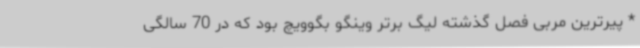
* پیرترین مربی فصل گذشته لیگ برتر وینگو بگوویچ بود که در 70 سالگی